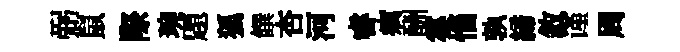
弼鼠際琬題狐饌杏河睿癘酬霎惱孰締敘谨周